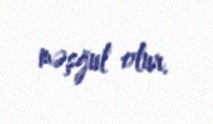
məşğul olur.